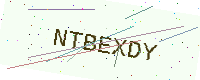
Text: NTBEXDY